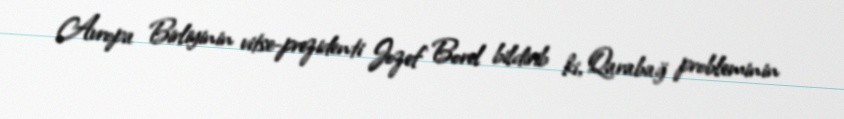
Avropa Birliyinin vitse-prezidenti Jozef Borel bildirib ki, Qarabağ probleminin